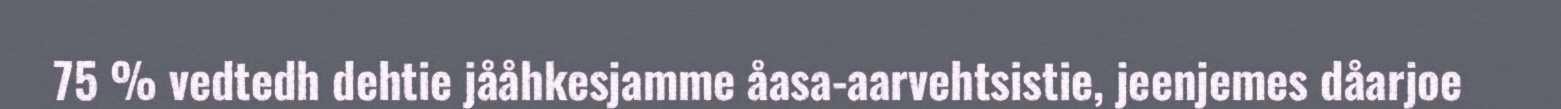
75 % vedtedh dehtie jååhkesjamme åasa-aarvehtsistie, jeenjemes dåarjoe